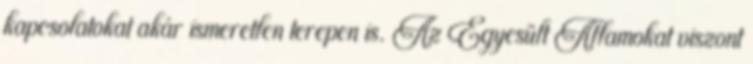
kapcsolatokat akár ismeretlen terepen is. Az Egyesült Államokat viszont